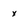
Character: x